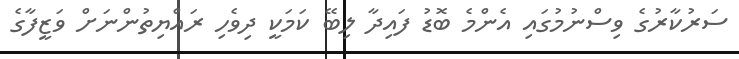
ސަރުކާރުގެ ވިސްނުމުގައި އެންމެ ބޮޑު ފައިދާ ލިބޭ ކަމަކީ ދިވެހި ރައްޔިތުންނަށް ވަޒީފާގެ